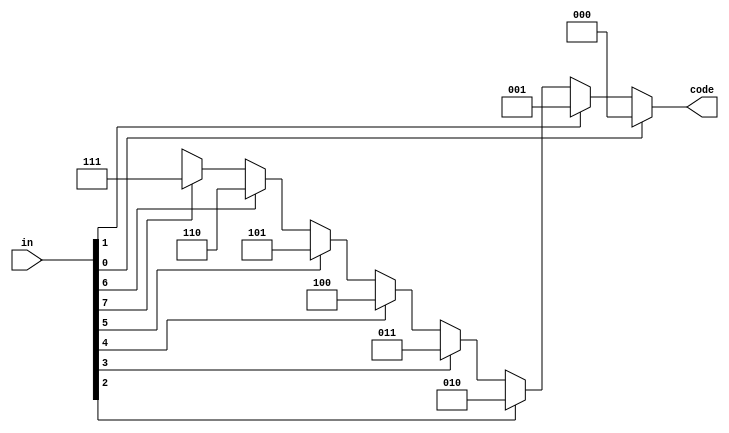
//Priority Encoder
//----------------------------------
// Type : module
// Contact : mathewtg.mec@gmail.com
//------------------
//------------------
// Notes :- Procedural Model

module priorityencoder_proc (in,code);
input [7:0]in;
output reg [2:0]code;

always @(in)
 begin
  if (in[0]) 	  code = 3'b000;
  else if (in[1]) code = 3'b001;
  else if (in[2]) code = 3'b010;
  else if (in[3]) code = 3'b011;
  else if (in[4]) code = 3'b100;
  else if (in[5]) code = 3'b101;
  else if (in[6]) code = 3'b110;
  else if (in[7]) code = 3'b111;
  else 		  code = 3'bxxx;
 end

endmodule